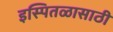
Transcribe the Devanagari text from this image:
इस्पितळासाठी